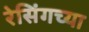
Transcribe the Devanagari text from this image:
रेसिंगच्या